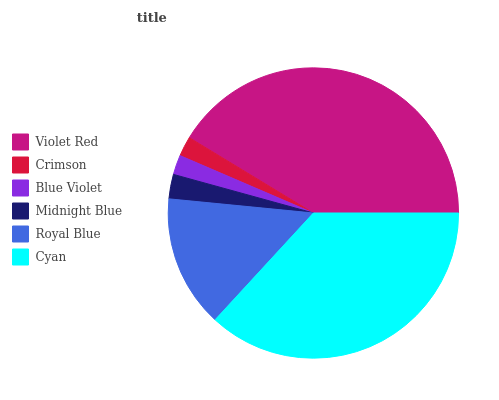
| Violet Red | Crimson | Blue Violet | Midnight Blue | Royal Blue | Cyan |
 | --- | --- | --- | --- | --- | --- |
 | 41.4% | 2.21% | 2.18% | 2.72% | 14.7% | 36.8% |